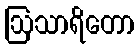
ဩသာရိတော